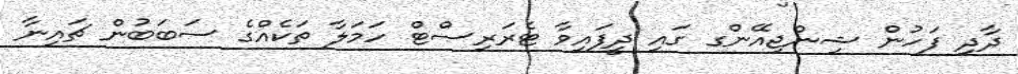
ދާދި ފަހުން ޝިންޖިއޭންގ ގައި ދީފައިވާ ޓެރަރިސްޓް ހަމަލާ ތަކެއްގެ ސަބަބުން ޗައިނާ